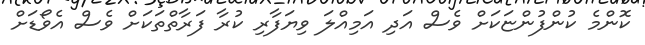
ކޮންމެ ކުންފުންޏަކަށް ވެސް އަދި އަމިއްލަ ވިޔަފާރި ކުރާ ފަރާތްތަކަށް ވެސް އެވޯޑަށް